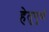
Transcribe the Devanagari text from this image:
हेतुपूर्ण